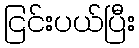
ငြင်းပယ်ပြီး